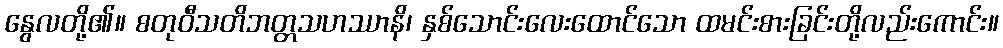
နွေလတို့၏။ စတုဝီသတိဘတ္တသဟဿာနိ၊ နှစ်သောင်းလေးထောင်သော ထမင်းစားခြင်းတို့လည်းကောင်း။